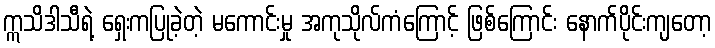
ဣသိဒါသီရဲ့ ရှေးကပြုခဲ့တဲ့ မကောင်းမှု အကုသိုလ်ကံကြောင့် ဖြစ်ကြောင်း နောက်ပိုင်းကျတော့